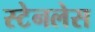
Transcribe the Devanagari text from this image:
स्‍टेनलेस